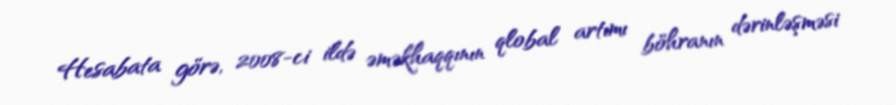
Hesabata görə, 2008-ci ildə əməkhaqqının qlobal artımı böhranın dərinləşməsi